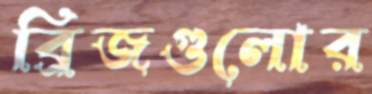
ব্রিজগুলোর